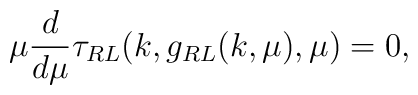
\mu \frac{d}{d\mu} \tau_{RL}(k,g_{RL}(k,\mu),\mu) =0,